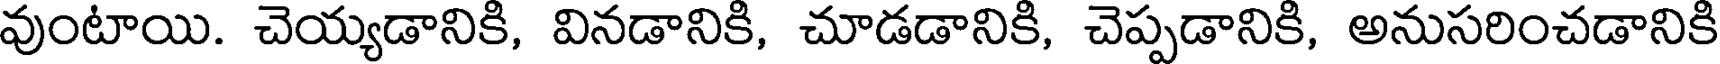
వుంటాయి. చెయ్యడానికి, వినడానికి, చూడడానికి, చెప్పడానికి, అనుసరించడానికి